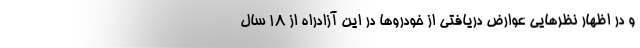
و در اظهار نظرهایی عوارض دریافتی از خودروها در این آزادراه از ۱۸ سال